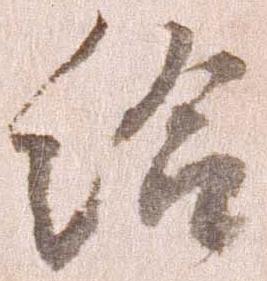
給